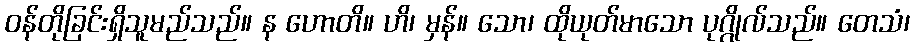
ဝန်တိုခြင်းရှိသူမည်သည်။ န ဟောတိ။ ဟိ၊ မှန်။ သော၊ ထိုယုတ်မာသော ပုဂ္ဂိုလ်သည်။ တေသံ၊